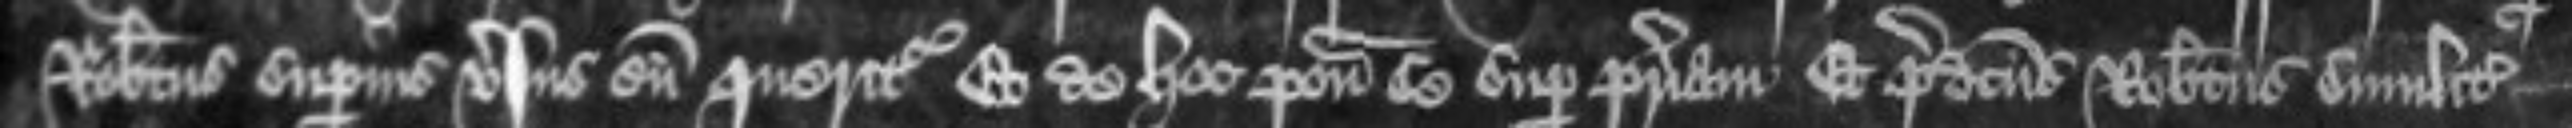
Robertus superius versus cum queritur Et de hoc ponit se super patriam Et predictus Robertus similiter